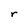
Character: r